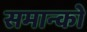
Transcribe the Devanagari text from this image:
समान्को